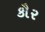
કૌર